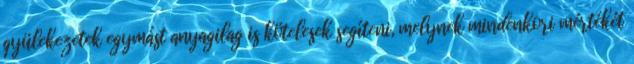
gyülekezetek egymást anyagilag is kötelesek segíteni, melynek mindenkori mértékét